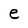
Character: e